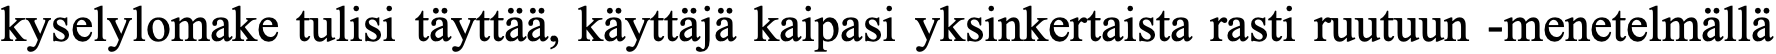
kyselylomake tulisi täyttää, käyttäjä kaipasi yksinkertaista rasti ruutuun -menetelmällä